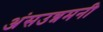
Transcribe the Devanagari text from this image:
अंसउन्नमनी